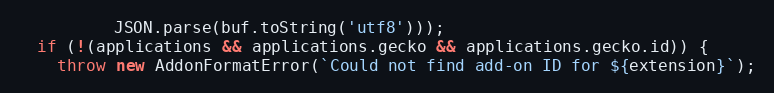
Language: JavaScript
          JSON.parse(buf.toString('utf8')));
  if (!(applications && applications.gecko && applications.gecko.id)) {
    throw new AddonFormatError(`Could not find add-on ID for ${extension}`);